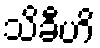
သိခီဟိ